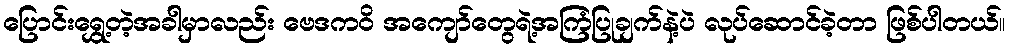
ပြောင်းရွှေ့တဲ့အခါမှာလည်း ဗေဒကဝိ အကျော်တွေရဲ့အကြံပြုချက်နဲ့ပဲ လုပ်ဆောင်ခဲ့တာ ဖြစ်ပါတယ်။